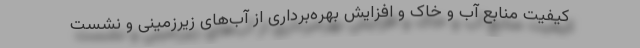
کیفیت منابع آب و خاک و افزایش بهره‌برداری از آب‌های زیرزمینی و نشست